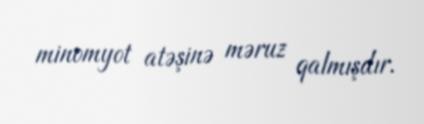
minomyot atəşinə məruz qalmışdır.